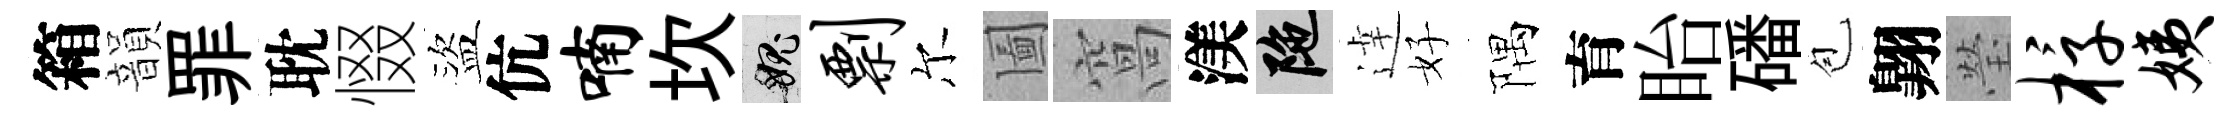
箱韻罪耽惙盜伉喃坎愧剽尔圗窩渼陀逹好隅育眙磻苞翺瑩椁姨